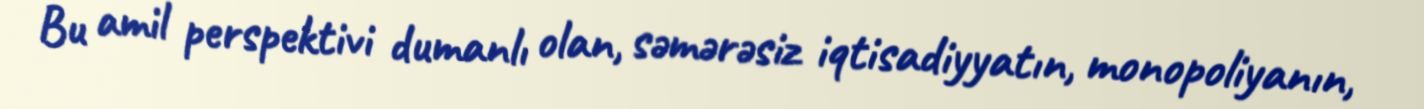
Bu amil perspektivi dumanlı olan, səmərəsiz iqtisadiyyatın, monopoliyanın,